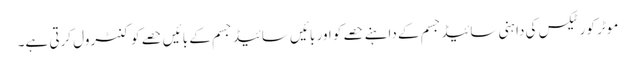
موٹر کورٹیکس کی دا ہنی سائیڈجسم کے داہنے حصے کو اور بائیں سائیڈ جسم کے بائیں حصے کو کنٹرول کرتی ہے۔